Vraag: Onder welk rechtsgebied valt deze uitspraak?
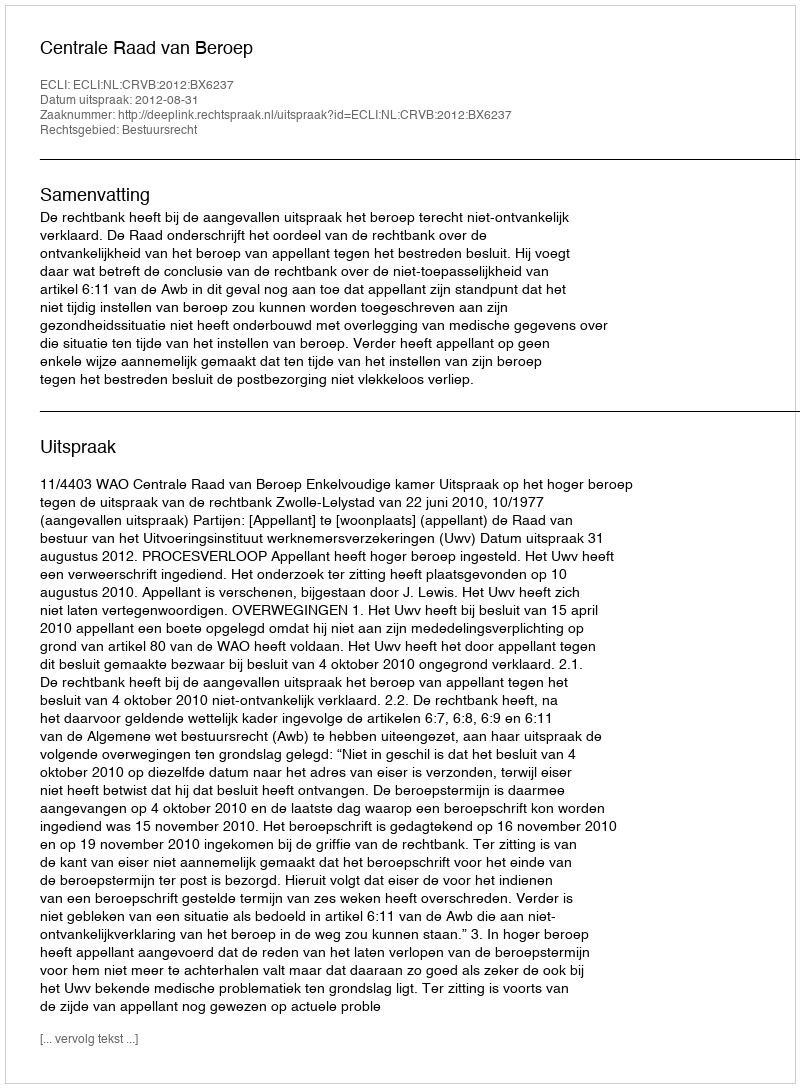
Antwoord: Bestuursrecht